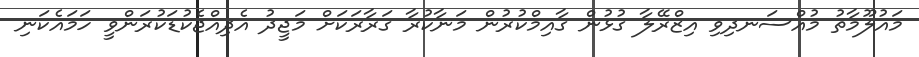
މައުލޫމާތު މުއްސަނދިވި އިޒްރޭލާ ގުޅުން ގާއިމްކުރުން މަނާކުރާ ގަރާރަކަށް މަޖީދު އެދިއްޖެކުޑަކުރަންވީ ހަމައެކަނި